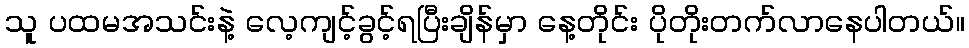
သူ ပထမအသင်းနဲ့ လေ့ကျင့်ခွင့်ရပြီးချိန်မှာ နေ့တိုင်း ပိုတိုးတက်လာနေပါတယ်။